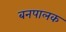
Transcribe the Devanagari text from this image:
बनपालक